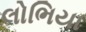
લોભિયા